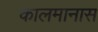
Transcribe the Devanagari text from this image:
कालमानास